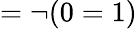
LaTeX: =\neg(0=1)